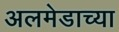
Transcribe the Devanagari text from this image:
अलमेडाच्या